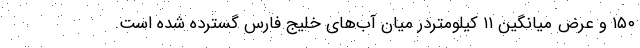
۱۵۰ و عرض میانگین ۱۱ کیلومتردر میان آب‌های خلیج فارس گسترده شده است.